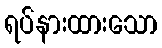
ရပ်နားထားသော